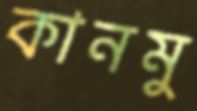
কানমু